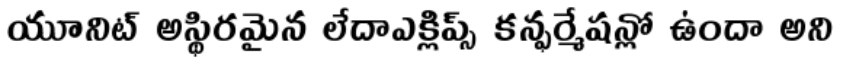
యూనిట్ అస్థిరమైన లేదాఎక్లిప్స్ కన్ఫర్మేషన్లో ఉందా అని